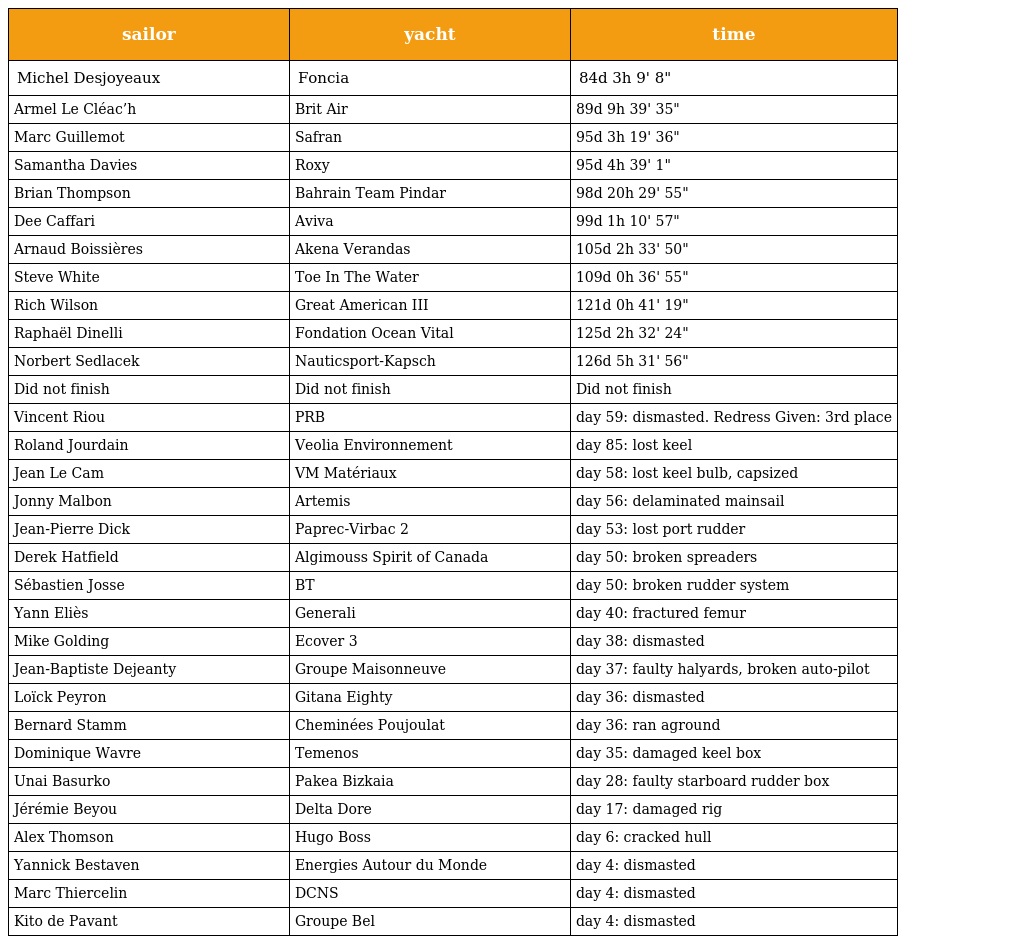
| sailor | yacht | time |
 | --- | --- | --- |
 | Michel Desjoyeaux | Foncia | 84d 3h 9' 8" |
 | Armel Le Cléac’h | Brit Air | 89d 9h 39' 35" |
 | Marc Guillemot | Safran | 95d 3h 19' 36" |
 | Samantha Davies | Roxy | 95d 4h 39' 1" |
 | Brian Thompson | Bahrain Team Pindar | 98d 20h 29' 55" |
 | Dee Caffari | Aviva | 99d 1h 10' 57" |
 | Arnaud Boissières | Akena Verandas | 105d 2h 33' 50" |
 | Steve White | Toe In The Water | 109d 0h 36' 55" |
 | Rich Wilson | Great American III | 121d 0h 41' 19" |
 | Raphaël Dinelli | Fondation Ocean Vital | 125d 2h 32' 24" |
 | Norbert Sedlacek | Nauticsport-Kapsch | 126d 5h 31' 56" |
 | Did not finish | Did not finish | Did not finish |
 | Vincent Riou | PRB | day 59: dismasted. Redress Given: 3rd place |
 | Roland Jourdain | Veolia Environnement | day 85: lost keel |
 | Jean Le Cam | VM Matériaux | day 58: lost keel bulb, capsized |
 | Jonny Malbon | Artemis | day 56: delaminated mainsail |
 | Jean-Pierre Dick | Paprec-Virbac 2 | day 53: lost port rudder |
 | Derek Hatfield | Algimouss Spirit of Canada | day 50: broken spreaders |
 | Sébastien Josse | BT | day 50: broken rudder system |
 | Yann Eliès | Generali | day 40: fractured femur |
 | Mike Golding | Ecover 3 | day 38: dismasted |
 | Jean-Baptiste Dejeanty | Groupe Maisonneuve | day 37: faulty halyards, broken auto-pilot |
 | Loïck Peyron | Gitana Eighty | day 36: dismasted |
 | Bernard Stamm | Cheminées Poujoulat | day 36: ran aground |
 | Dominique Wavre | Temenos | day 35: damaged keel box |
 | Unai Basurko | Pakea Bizkaia | day 28: faulty starboard rudder box |
 | Jérémie Beyou | Delta Dore | day 17: damaged rig |
 | Alex Thomson | Hugo Boss | day 6: cracked hull |
 | Yannick Bestaven | Energies Autour du Monde | day 4: dismasted |
 | Marc Thiercelin | DCNS | day 4: dismasted |
 | Kito de Pavant | Groupe Bel | day 4: dismasted |